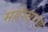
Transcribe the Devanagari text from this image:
महेस्वरण